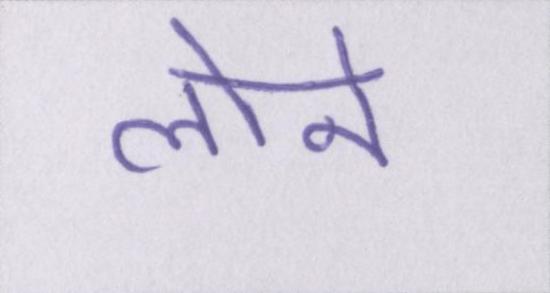
लाने